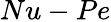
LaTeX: Nu-Pe